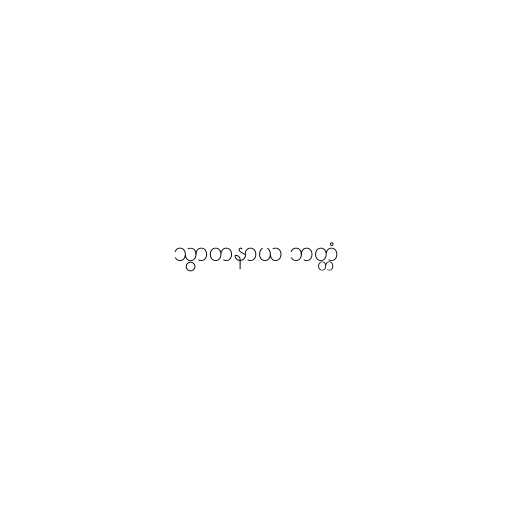
သွာတနာယ ဘတ္တံ